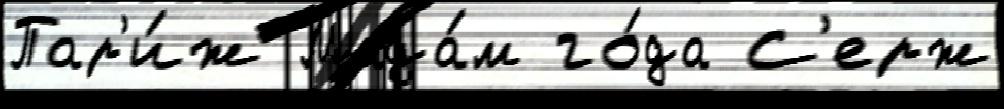
Пар'и́ж Мада́м го́да С'ерж